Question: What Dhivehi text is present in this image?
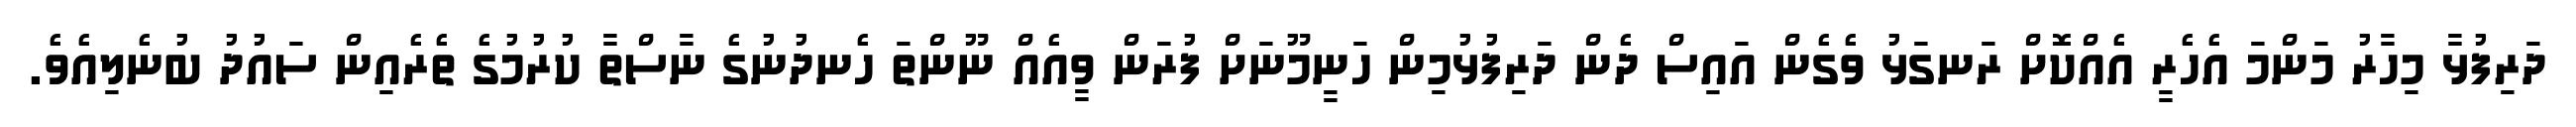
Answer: ދަރިފުޅާ މިހާރު މަންމަ އެހެރީ އެއްކޮށް ރަނގަޅު ވެގެން އައިސް ދެން ދަރިފުޅުމިން ހަނީމޫނަށް ފުރަން ވީއެއް ނޫންތަ ހެނދުނުގެ ނާސްތާ ކުރުމުގެ ތެރެއިން ސައުދު ބުނެލިއެވެ.